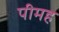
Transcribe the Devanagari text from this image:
पीमह